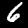
Label: 6